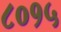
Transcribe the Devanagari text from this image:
८०१५